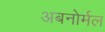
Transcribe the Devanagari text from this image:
अबनोर्मल